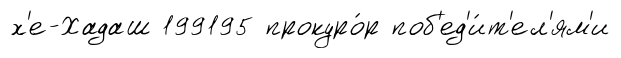
х'е-Хадаш 199195 прокуро́р поб'ед'и́т'ел'ям'и